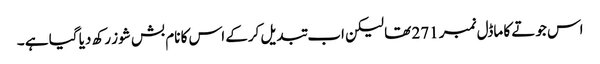
اس جوتے کا ماڈل نمبر 271 تھا لیکن اب تبدیل کرکے اس کا نام بش شوز رکھ دیا گیا ہے ۔